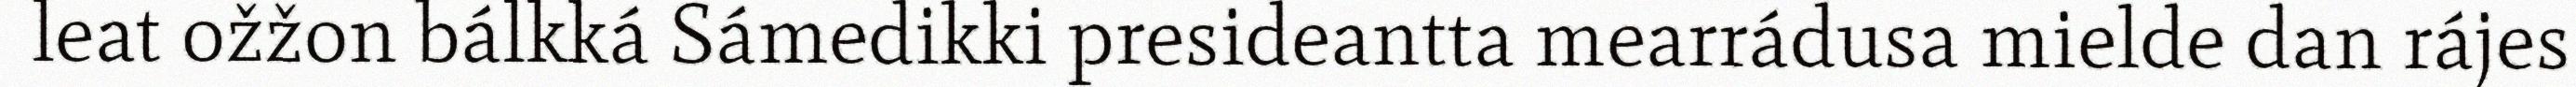
leat ožžon bálkká Sámedikki presideantta mearrádusa mielde dan rájes